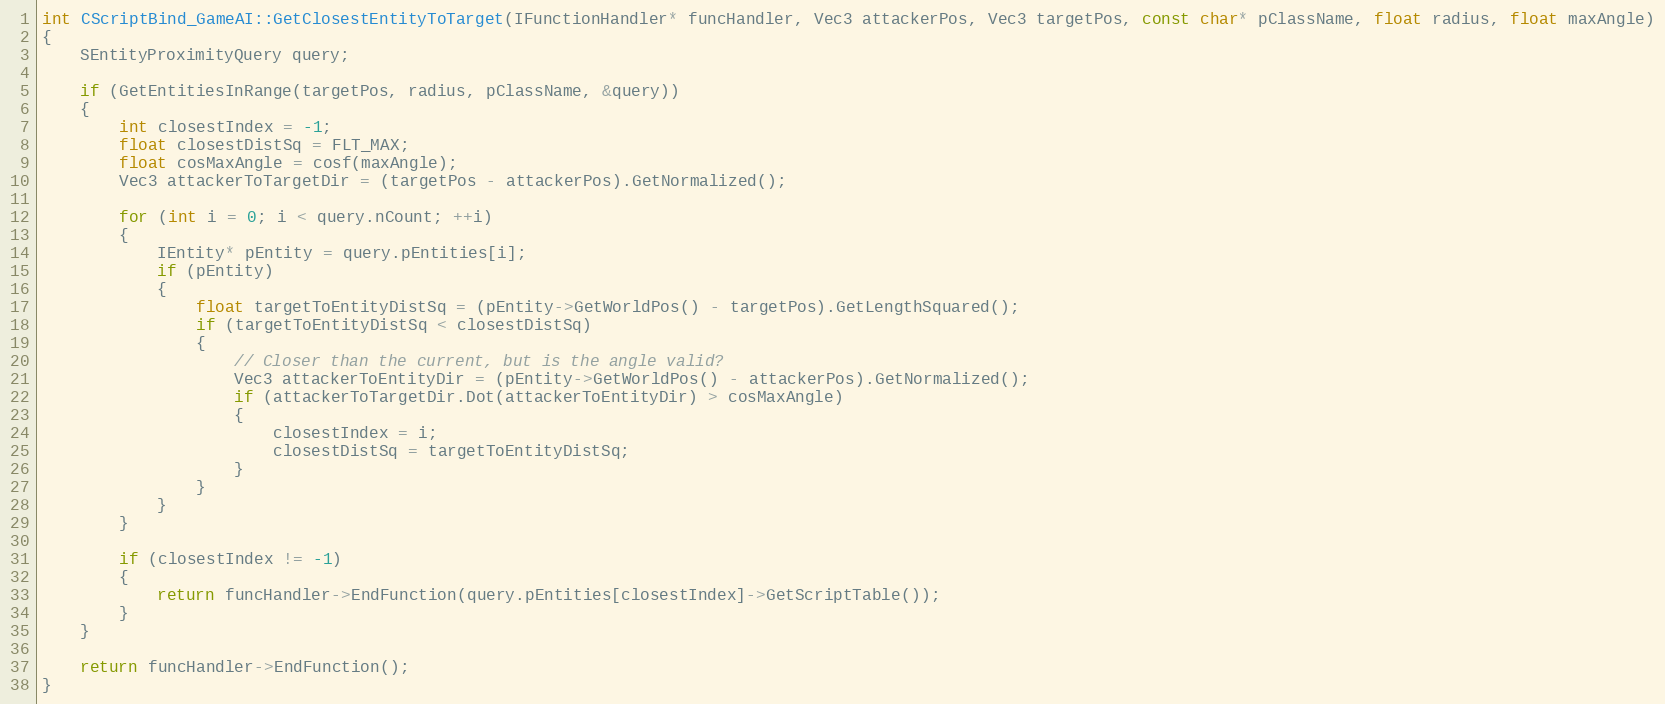
Language: C++
int CScriptBind_GameAI::GetClosestEntityToTarget(IFunctionHandler* funcHandler, Vec3 attackerPos, Vec3 targetPos, const char* pClassName, float radius, float maxAngle)
{
	SEntityProximityQuery query;

	if (GetEntitiesInRange(targetPos, radius, pClassName, &query))
	{
		int closestIndex = -1;
		float closestDistSq = FLT_MAX;
		float cosMaxAngle = cosf(maxAngle);
		Vec3 attackerToTargetDir = (targetPos - attackerPos).GetNormalized();

		for (int i = 0; i < query.nCount; ++i)
		{
			IEntity* pEntity = query.pEntities[i];
			if (pEntity)
			{
				float targetToEntityDistSq = (pEntity->GetWorldPos() - targetPos).GetLengthSquared();
				if (targetToEntityDistSq < closestDistSq)
				{
					// Closer than the current, but is the angle valid?
					Vec3 attackerToEntityDir = (pEntity->GetWorldPos() - attackerPos).GetNormalized();
					if (attackerToTargetDir.Dot(attackerToEntityDir) > cosMaxAngle)
					{
						closestIndex = i;
						closestDistSq = targetToEntityDistSq;
					}
				}
			}
		}

		if (closestIndex != -1)
		{
			return funcHandler->EndFunction(query.pEntities[closestIndex]->GetScriptTable());
		}
	}

	return funcHandler->EndFunction();
}